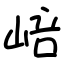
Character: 㟝